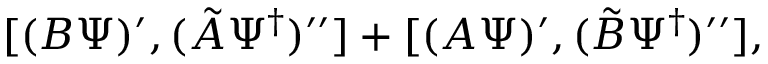
[ ( B { \mit \Psi } ) ^ { \prime } , ( \tilde { A } { \mit \Psi } ^ { \dagger } ) ^ { \prime \prime } ] + [ ( A { \mit \Psi } ) ^ { \prime } , ( \tilde { B } { \mit \Psi } ^ { \dagger } ) ^ { \prime \prime } ] ,